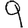
Digit: 9